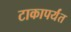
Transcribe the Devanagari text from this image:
टाकापर्यंत